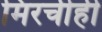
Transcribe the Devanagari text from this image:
मिरचीही